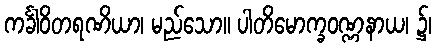
ကင်္ခါဝိတရဏိယာ၊ မည်သော။ ပါတိမောက္ခဝဏ္ဏနာယ၊ ၌၊